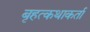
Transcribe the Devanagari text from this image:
बृहत्कथाकर्ता